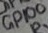
Text: GPIO0